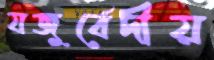
যজুর্বেদীয়